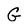
Character: G